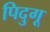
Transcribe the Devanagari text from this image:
पिदुगू